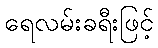
ရေလမ်းခရီးဖြင့်